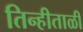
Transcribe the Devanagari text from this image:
तिन्हीताळी